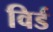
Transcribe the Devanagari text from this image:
विर्ड